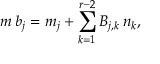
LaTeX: m \, b _ { j } = m _ { j } + \sum _ { k = 1 } ^ { r - 2 } B _ { j , k } \, n _ { k } ,